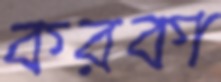
করকা